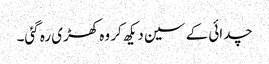
چدائی کے سین دیکھ کر وہ کھڑی رہ گئی۔